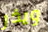
ويذر